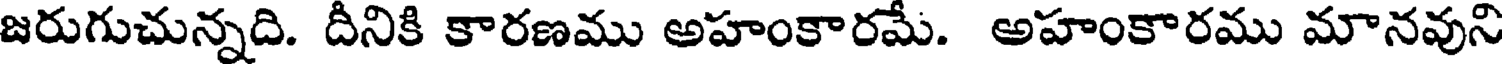
జరుగుచున్నది. దీనికి కారణము అహంకారమే. అహంకారము మానవుని